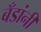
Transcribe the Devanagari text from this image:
बँडांनी